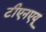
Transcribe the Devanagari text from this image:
टीएनएयू